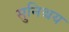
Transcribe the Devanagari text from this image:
सुनिश्चय